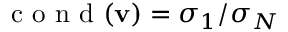
\mathrm { ~ c ~ o ~ n ~ d ~ } ( \mathbf { v } ) = \sigma _ { 1 } / \sigma _ { N }